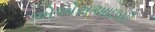
એએસઆઇસી